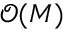
\mathcal { O } ( M )